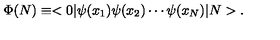
\Phi ( N ) \equiv < 0 \vert \psi ( x _ { 1 } ) \psi ( x _ { 2 } ) \cdots \psi ( x _ { N } ) \vert N > .